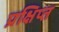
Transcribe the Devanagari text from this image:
प्रक्षिप्‍त